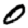
Digit: 0